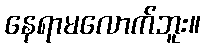
နေရာမလောက်ဘူး။